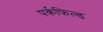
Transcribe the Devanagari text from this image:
पर्कफिल्ड